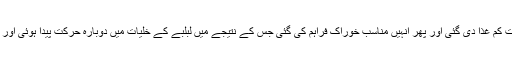
انہوں نے مزید بتایا کہ تحقیق کے دوران چوہوں کو بہت کم غذا دی گئی اور پھر انہیں مناسب خوراک فراہم کی گئی جس کے نتیجے میں لبلبے کے خلیات میں دوبارہ حرکت پیدا ہوئی اور وہ حصے حرکت میں میں آئے جو مردہ ہوچکے تھے۔